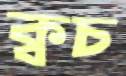
ক্বচ